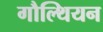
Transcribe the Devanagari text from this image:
गौल्थियन